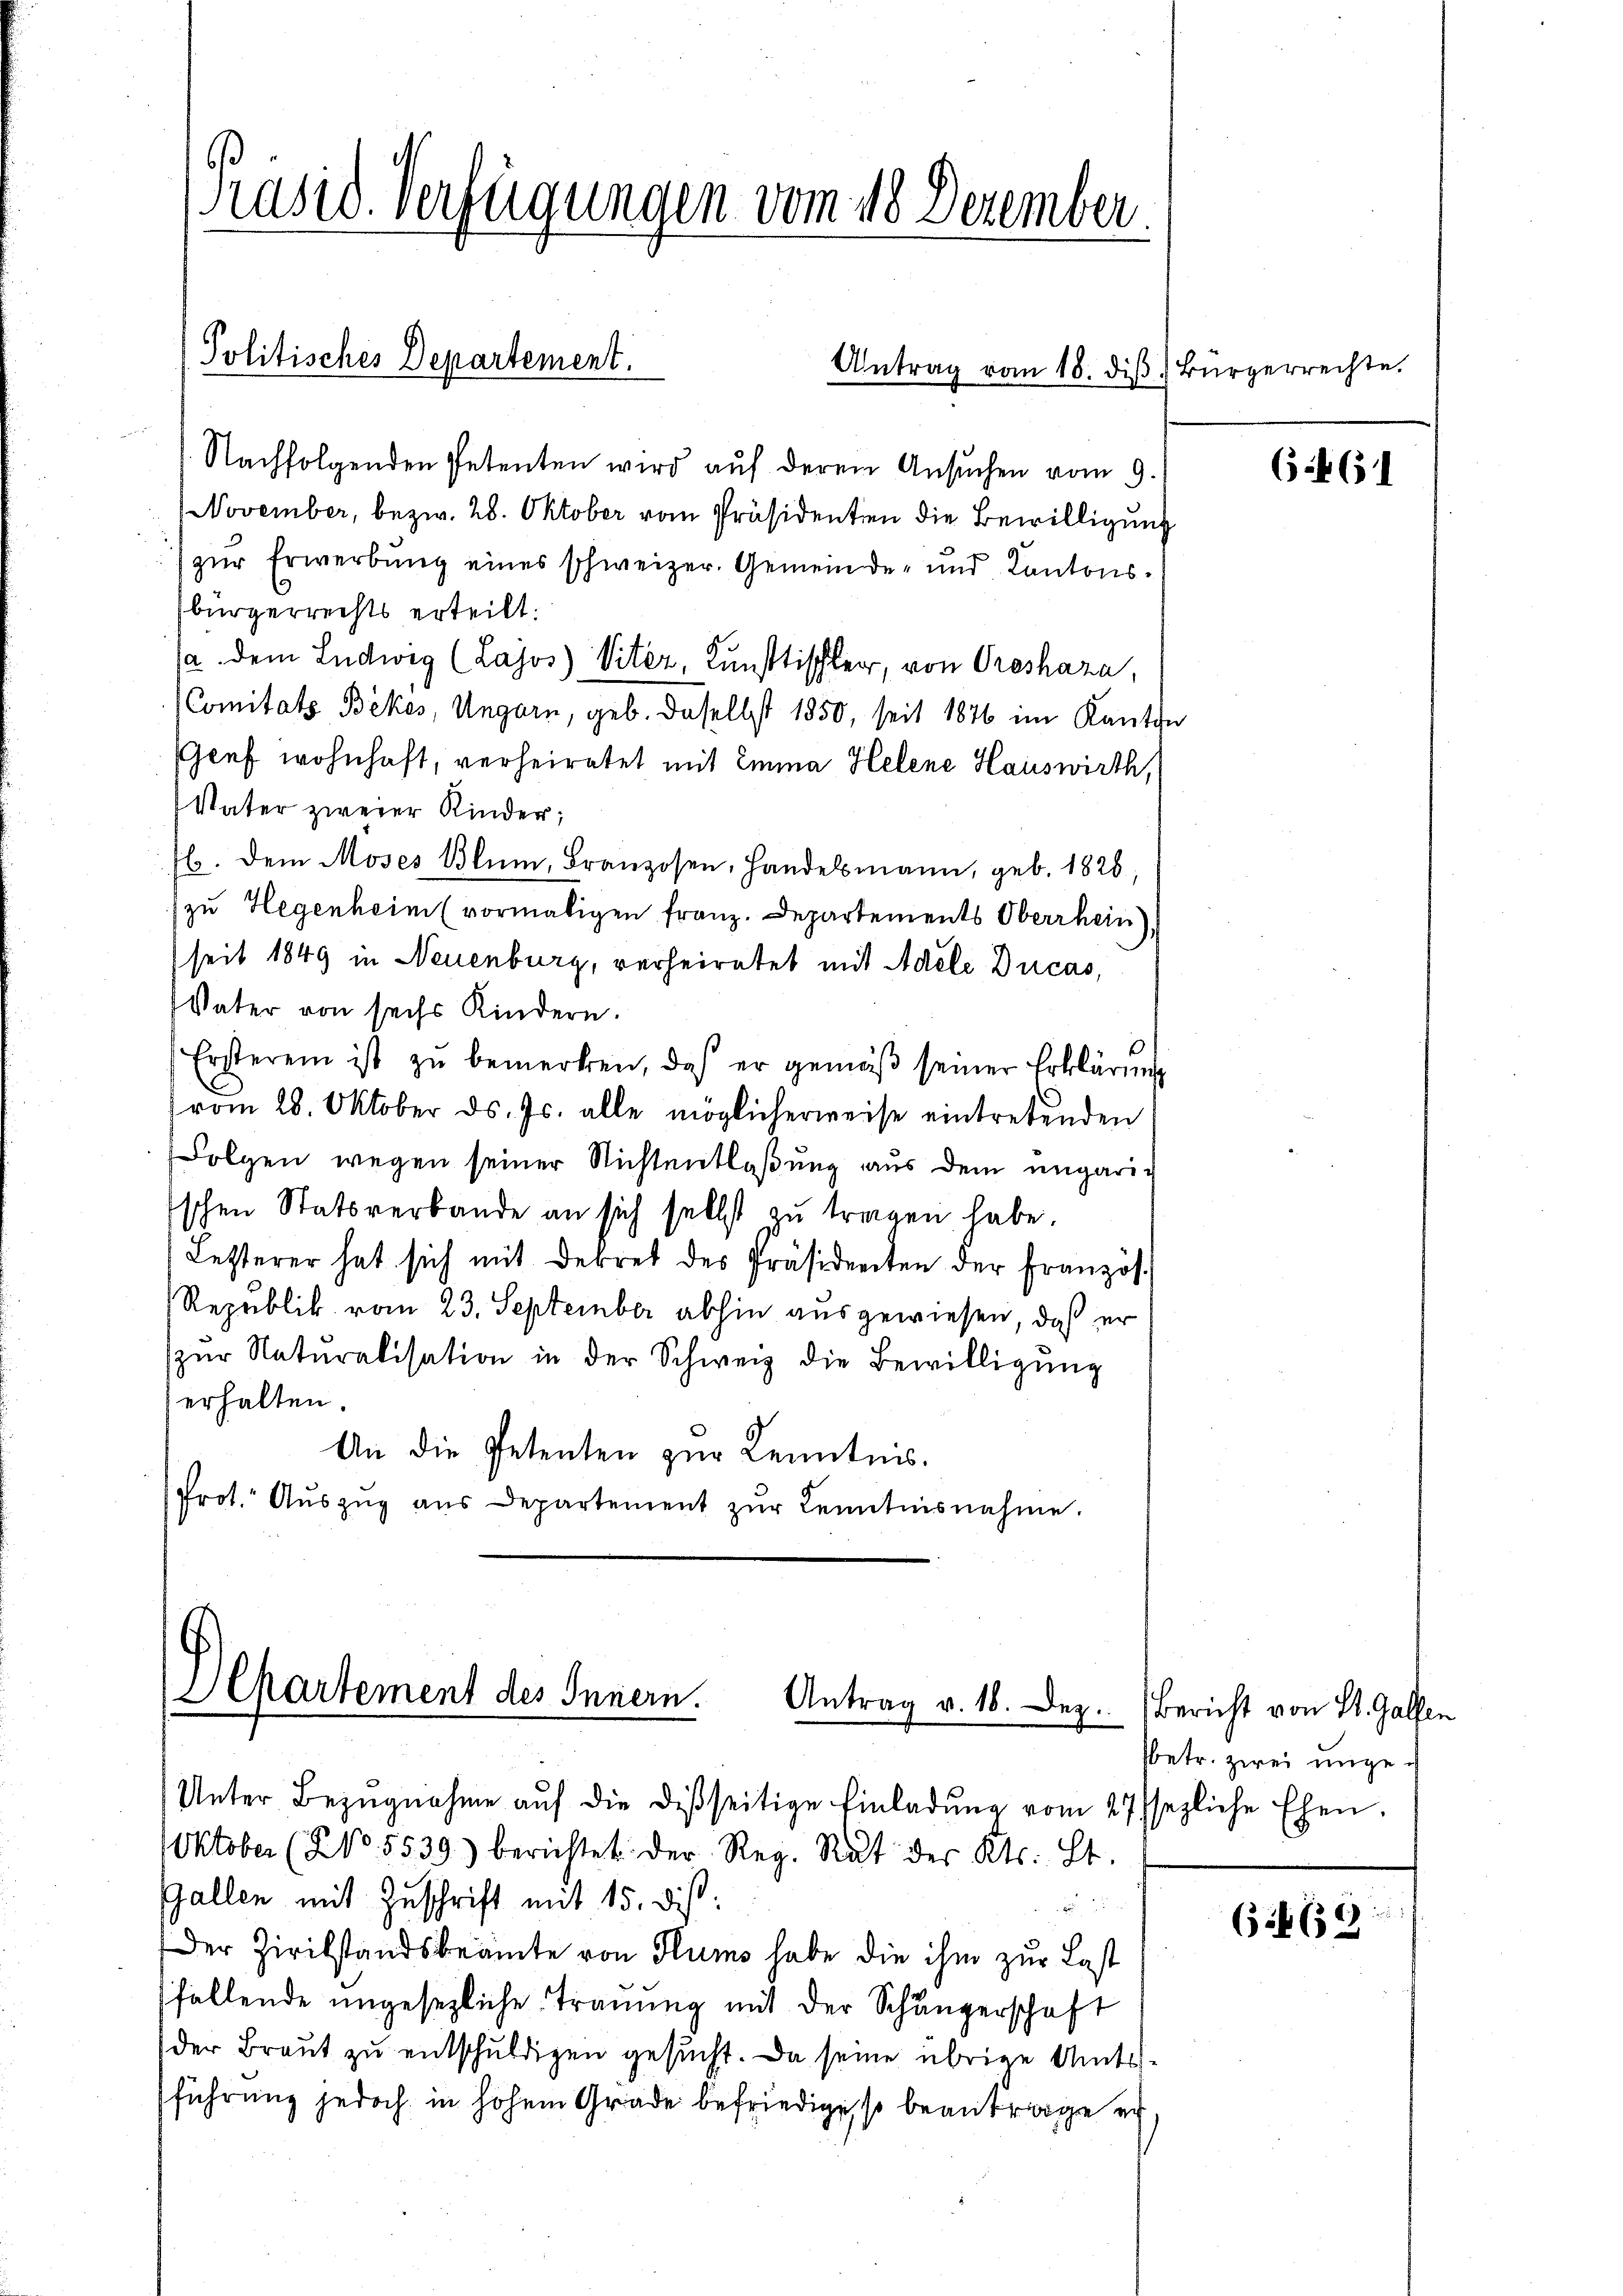
Präsid. Verfügungen vom 18 Dezember

Nachfolgenden Petenten wird aŭf derem Ansŭchen vom 9.
November, bezw. 28. Oktober vom Präsidenten die Bewilligung
zur Erwerbung eines schweizer. Gemeinde- und Cantonsbürgerrechts erteilt:
/a dem Ludwig (Lajos) Viter, Kunsttischler, von Oresháza,
Comitats Bekes, Ungarn, geb. Daselbst 1850, seit 1876 im Kanton
Graf wohnhaft, verheiratet mit Emma Helene Hauswirth,
Vater zweier Kinder;
b. Dem Moses Blŭm, Franzosen, Handelsmann, geb. 1828,
zu Hegenheim (vormaligen franz. Departements Oberrhein),
seit 1849 in Neuenburg, verheiratet mit Adele Ducas,
Vater von sechs Kindern.
Ersterei ist zŭ bemerken, daß er gemäβ seiner Erklärŭng
vom 28. Oktober ds. Js. alle möglicherweise eintretenden
Folgen wegen seiner Nichtentlaßung aus dem ungarig
schen Statsverbande an sich selbst zu tragen habe.
Letzterer hat sich mit Dekret des Präsidenten der Französ.
Republik vom 23. September abhin ausgewiesen, daß er
zŭr Naturalisation in der Schweiz die Bewilligŭng
erhalten.
An die Petenten zur Kenntnis.
Prot. Aŭszŭg aŭs Departement zŭr Kenntnisnahme.

Politisches Departement.

Khartement des Innern.
Antrag v. 18. Dez.

Antrag vom 18. diβ. Bürgerrechte.

Unter Bezŭgnahme aŭf die disseitige Einladŭng vom 27ssezliche Ehen.
Oktober (NNo. 5539) berichtet der Reg. Rat des Kts. Zt.
Gallen mit Zuschrift mit 15. dis:

Der Zivilstandsbeamte von Flums habe die ihm zur Last
fallende ungesezliche Trauung mit der Schängerschaft
der Braut zu entschuldigen gesucht. Da seine übrige Amtsführung jedoch in hohem Grade befriedige, so beantrage ich

6.461

Bericht von St. Gallen
fbetr. zwei mige.

64 (1